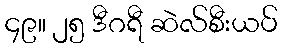
၄၉။ ၂၅ ဒီဂရီ ဆဲလ်စီးယပ်